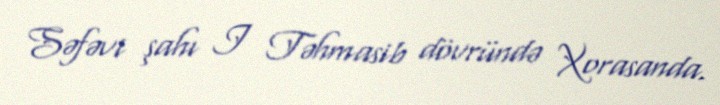
Səfəvi şahı I Təhmasib dövründə Xorasanda.